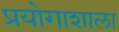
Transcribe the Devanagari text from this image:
प्रयोगाशाला